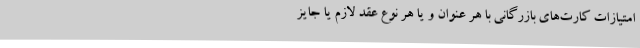
امتیازات کارت‌های بازرگانی با هر عنوان و یا هر نوع عقد لازم یا جایز